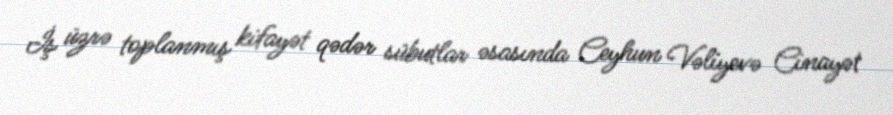
İş üzrə toplanmış kifayət qədər sübutlar əsasında Ceyhun Vəliyevə Cinayət